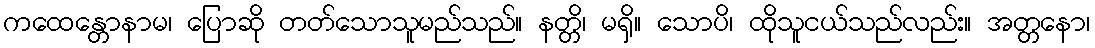
ကထေန္တောနာမ၊ ပြောဆို တတ်သောသူမည်သည်။ နတ္တိ၊ မရှိ။ သောပိ၊ ထိုသူငယ်သည်လည်း။ အတ္တနော၊